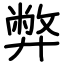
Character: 弊